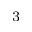
_ 3